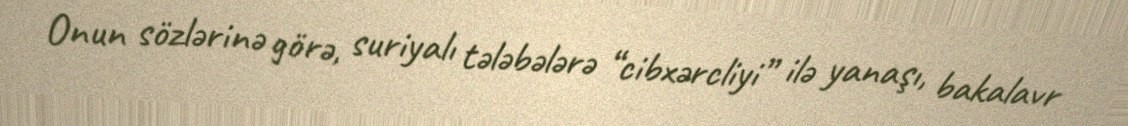
Onun sözlərinə görə, suriyalı tələbələrə “cibxərcliyi” ilə yanaşı, bakalavr